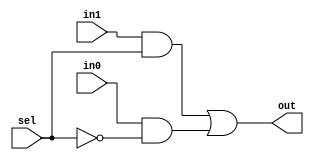
`timescale 1ns/1ps

module Mux_1bit (out, in1, in0, sel);

input in0;
input in1;
input sel;
output out;

wire sel_n;
wire and_in_0;
wire and_in_1;

not not0 (sel_n, sel);
and and0 (and_in_0, in0, sel_n);
and and1 (and_in_1, in1, sel);
or  or0  (out, and_in_1, and_in_0);

endmodule